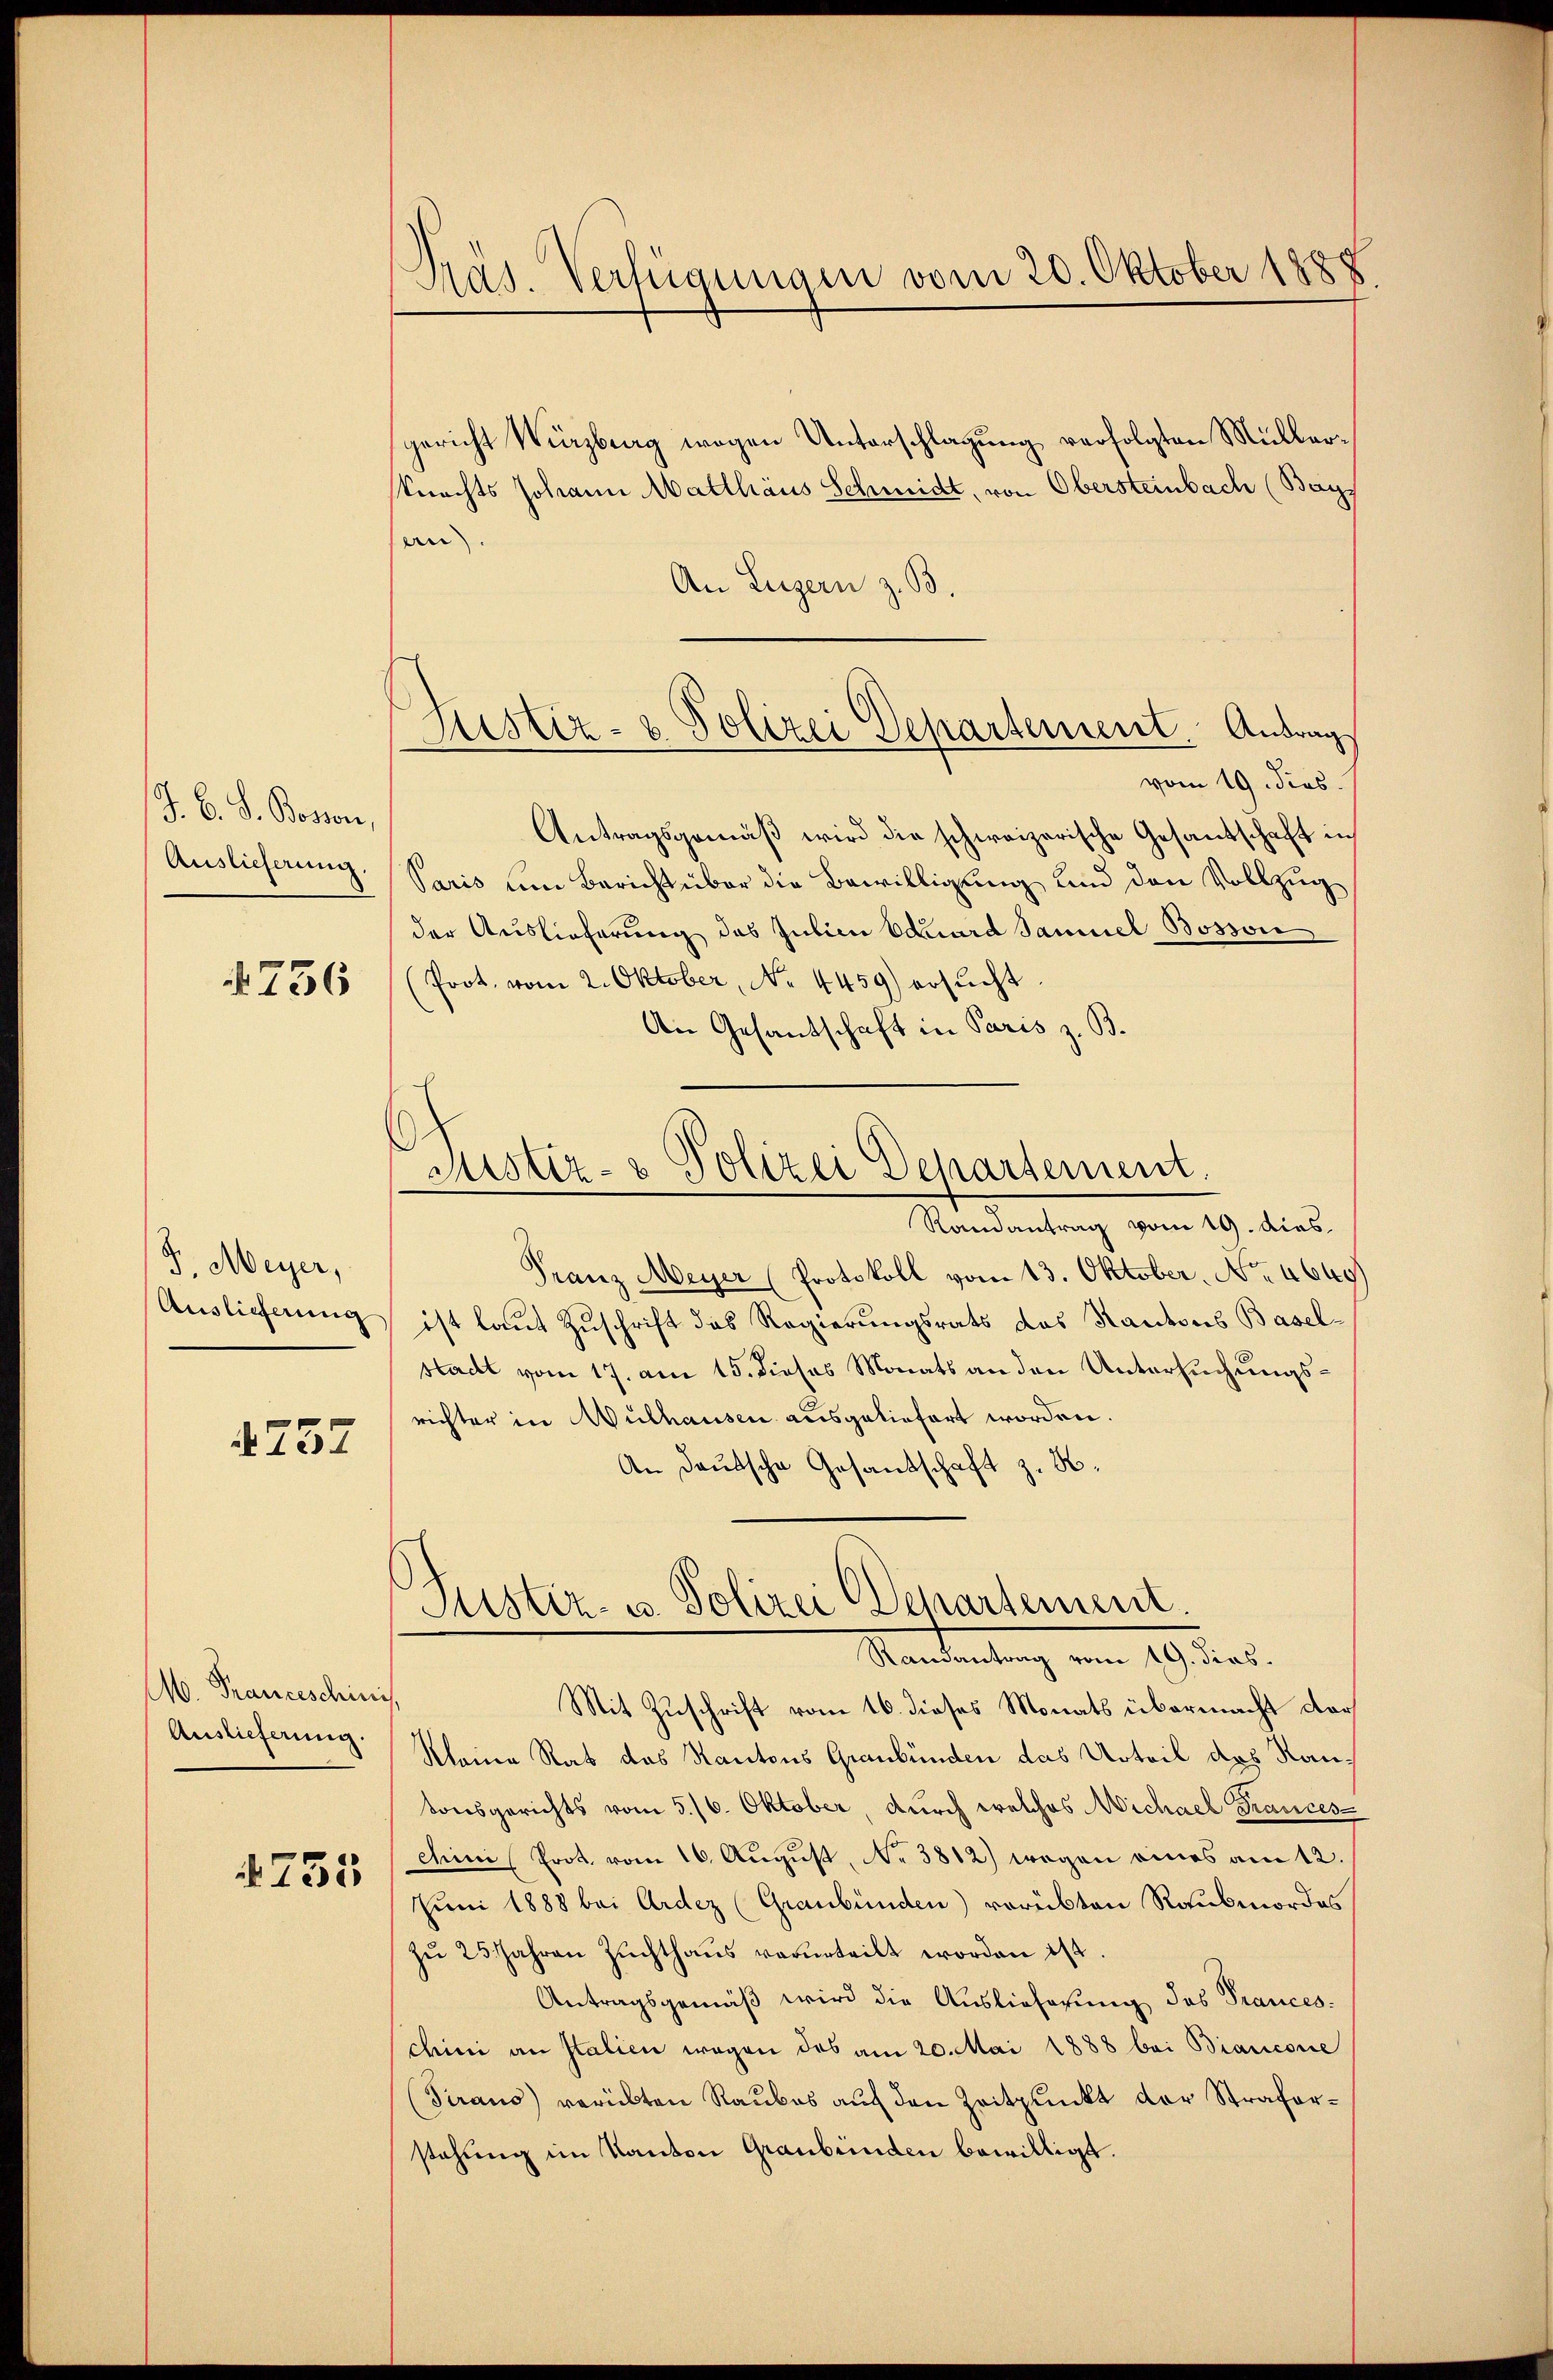
J. B. S. Bosson,
Auslieferung.

4736

J. Meyer,
Auslieferung

4757

M. Franceschinis
Auslieferung.

755

Präs. Verfügungen vom 20. Oktober 1888

gericht Würzburg wegen Unterschlagung verfolgten Müller¬
Knechts Johann Matthäus Scheidt, von Obersteinbach (Bays
en).
An Luzern z. B.
vom 19. dies
Antragsgemäβ wird die schweizerische Gesandschaft in
Paris um Bericht über die Bewilligung und den Vollzug
der Auslieferung des Julien Eduard Samuel Bosson
(Prot. vom 2. Oktober, No. 4459) ersŭcht.
An Gesantschaft in Paris z. B.
Randantrag vom 19. dies
Franz Meyer (Protokoll vom 13. Oktober. No. 4640/
ist laut Zuschrift das Regierungsrats das Kantons Basel-
stadt vom 17. am 15. dieses Monats an den Untersuchungsrichter in Wulhausen ausgeliefert worden.
An Deutsche Gesandschaft z. B.
Puster- u. Polizei (Separtement.
Randantrag vom 19. dies.
Mit Zuschrift vom 16. dieses Monats übermacht dar¬
Kleine Rat das Kantons Graubünden das Urteil das Rautonsgerichts vom 5./6. Oktober, durch welches Michael Frances
chini Prot. vom 16. August, No 3812) wegen eines am 12.
Juni 1888 bei Ardez (Graubünden) vorübten Raubmordes
zŭ 25. Jahren Zŭchthaŭs verurteilt worden ist.
Antragsgemäß wird die Auslieferung des Pranceschini an Italien wegen des am 20. Mai 1888 bei Biancone
(Tirano) verübten Raubes auf den Zeitpunkt der Straforstehung im Kanton Graubünden bewilligt.

Justiz- & Polizei Departement. Antrag

Justiz- & Polizei Departement.